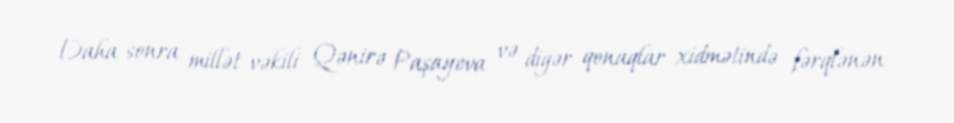
Daha sonra millət vəkili Qənirə Paşayeva və digər qonaqlar xidmətində fərqlənən